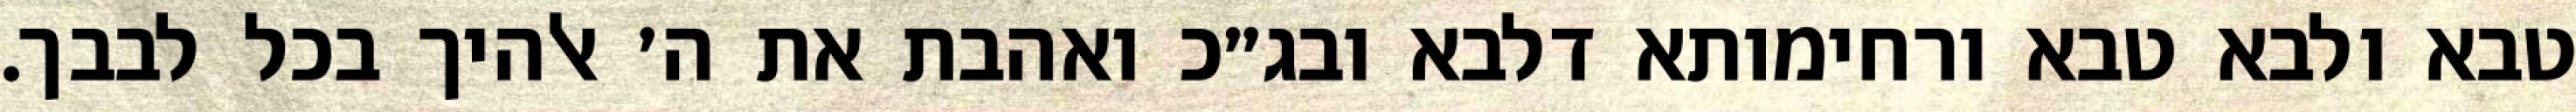
טבא ולבא טבא ורחימותא דלבא ובג״כ ואהבת את ה׳ אלהיך בכל לבבך.